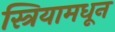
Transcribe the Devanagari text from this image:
स्त्रियामधून